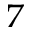
^ 7